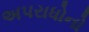
અપરાધોનો